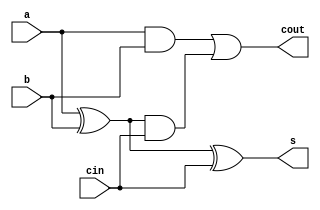
`timescale 1ns / 1ps
//////////////////////////////////////////////////////////////////////////////////
// Company: 
// Engineer: 
// 
// Design Name: 
// Module Name:    Full_adder_1b 
// Project Name: 
// Target Devices: 
// Tool versions: 
// Description: 
//
// Dependencies: 
//
// Revision: 
// Revision 0.01 - File Created
// Additional Comments: 
//
//////////////////////////////////////////////////////////////////////////////////
module Full_adder_1b(a,b,cin,s,cout);
input a,b,cin;
output s,cout;

wire s_temp,c_temp,x_temp;
xor x1(s_temp,a,b);
xor x2(s,s_temp,cin);//s = (a xor b)xor cin
and a1(c_temp,a,b);
and a2(x_temp,s_temp,cin);
or  o1(cout,c_temp,x_temp);// cout = (a&b) + (a xor b)&cin



endmodule